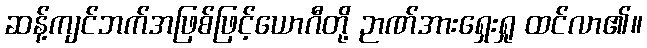
ဆန့်ကျင်ဘက်အဖြစ်ဖြင့်ယောဂီတို့ ဉာဏ်အားရှေးရှု ထင်လာ၏။